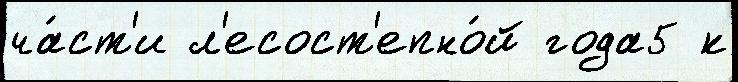
ча́ст'и л'есост'епно́й года5 к